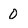
Character: O